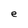
Character: e